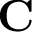
\mathbf { C }